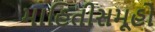
માહિતીસમૂહો